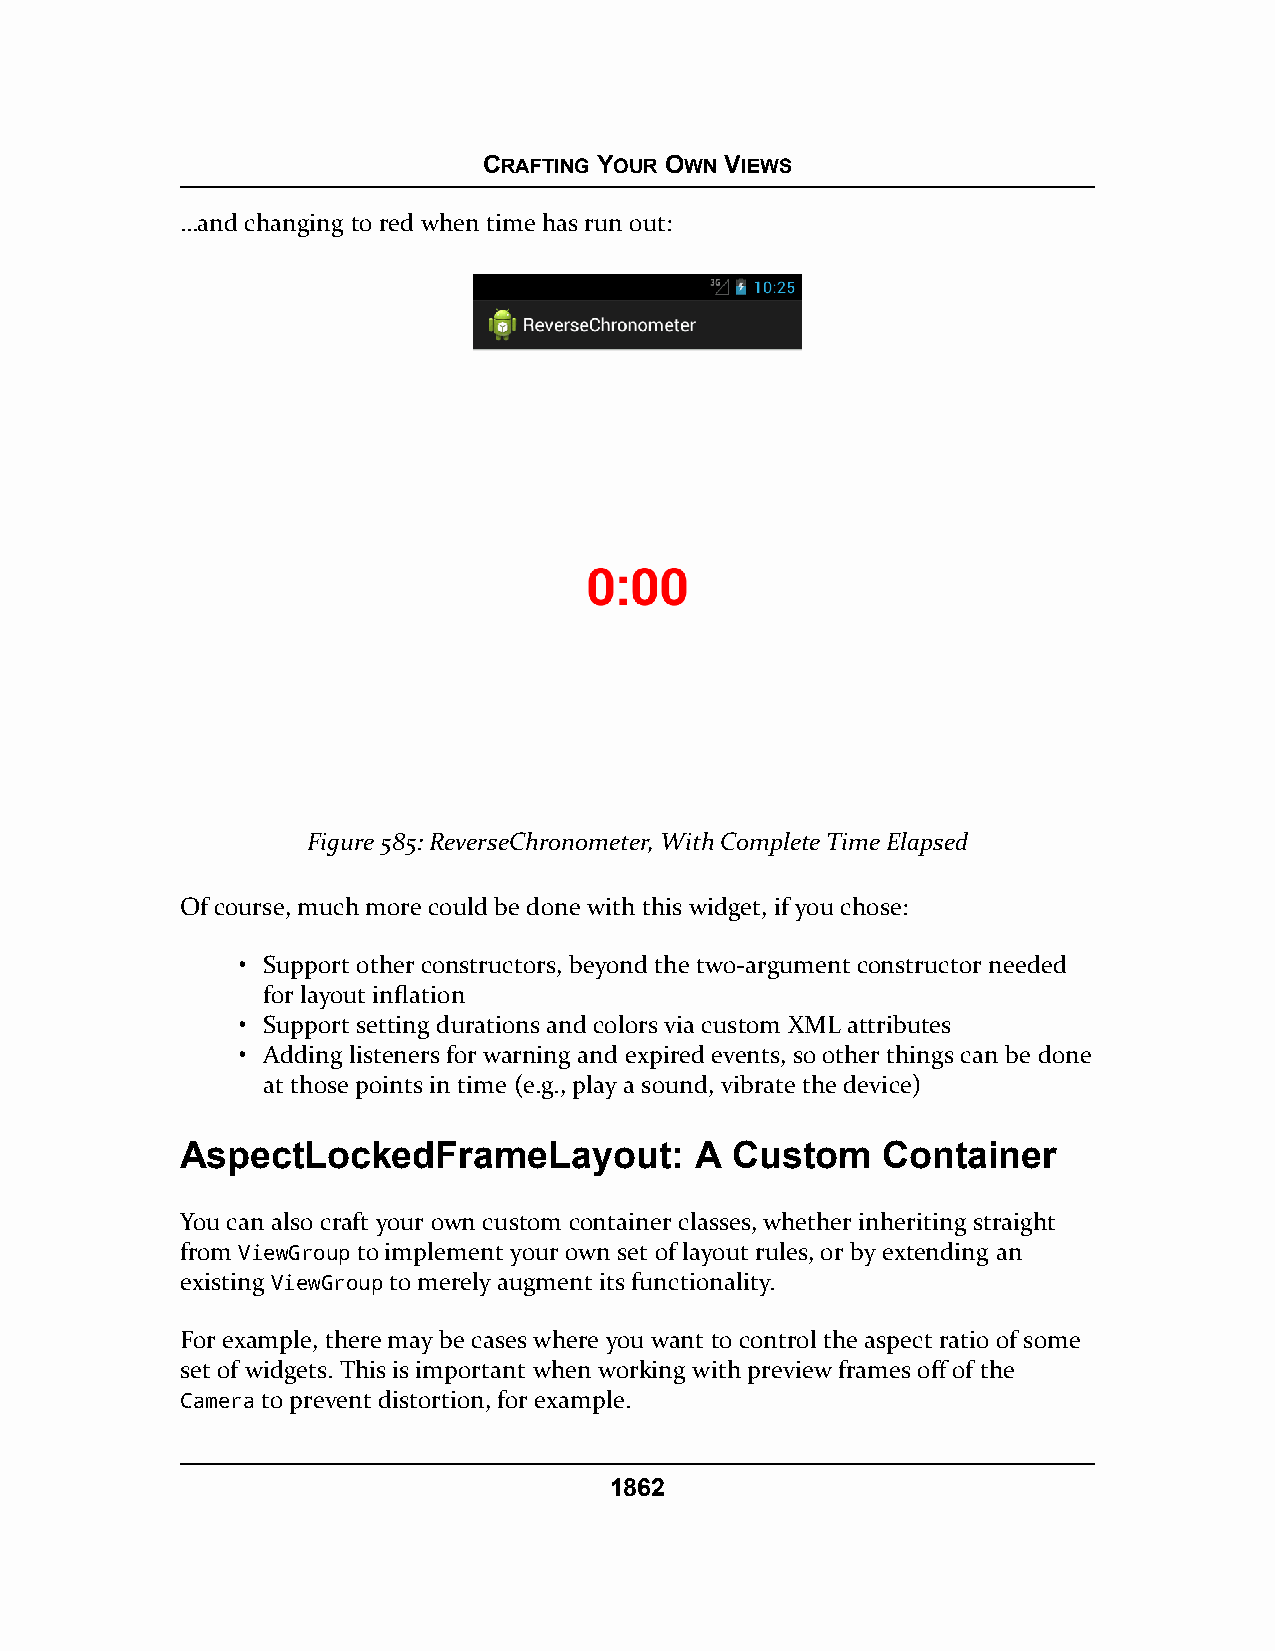
CRAFTING YOUR OWN VIEWS
 …and changing to red when time has run out:
 Figure 585: ReverseChronometer, With Complete Time Elapsed
 Of course, much more could be done with this widget, if you chose:
 • Support other constructors, beyond the two-argument constructor needed
 for layout inflation
 • Support setting durations and colors via custom XML attributes
 • Adding listeners for warning and expired events, so other things can be done
 at those points in time (e.g., play a sound, vibrate the device)
 AspectLockedFrameLayout:          A Custom    Container
 You can also craft your own custom container classes, whether inheriting straight
 from ViewGroup to implement your own set of layout rules, or by extending an
 existing ViewGroup to merely augment its functionality.
 For example, there may be cases where you want to control the aspect ratio of some
 set of widgets. This is important when working with preview frames off of the
 Camera to prevent distortion, for example.
 1862